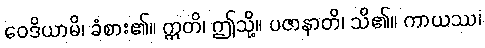
ဝေဒိယာမိ၊ ခံစား၏။ ဣတိ၊ ဤသို့။ ပဇာနာတိ၊ သိ၏။ ကာယဿ၊